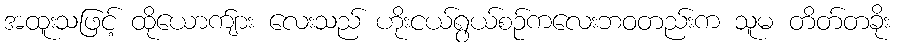
အထူးသဖြင့် ထိုယောက်ျား လေးသည် ဟိုးငယ်ရွယ်စဉ်ကလေးဘဝတည်းက သူမ တိတ်တခိုး